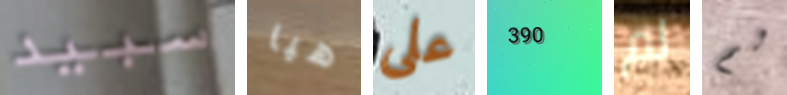
سبيد هيا على 390 لم لم